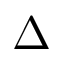
\Delta